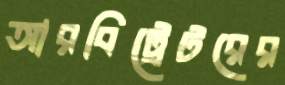
আরবিট্রেটরের